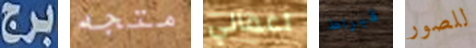
برج متجه اعمالي قيراط للصور